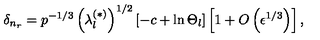
\delta _ { n _ { r } } = p ^ { - 1 / 3 } \left( \lambda _ { l } ^ { ( \ast ) } \right) ^ { 1 / 2 } \left[ - c + \ln \Theta _ { l } \right] \left[ 1 + O \left( \epsilon ^ { 1 / 3 } \right) \right] ,